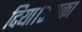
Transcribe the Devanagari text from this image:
दिया।उसका